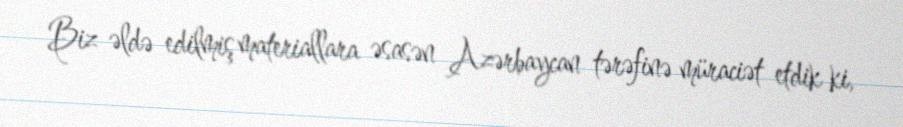
Biz əldə edilmiş materiallara əsasən Azərbaycan tərəfinə müraciət etdik ki,